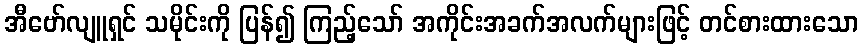
အီဗော်လျူရှင် သမိုင်းကို ပြန်၍ ကြည့်သော် အကိုင်းအခက်အလက်များဖြင့် တင်စားထားသော